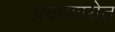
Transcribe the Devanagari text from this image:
प्रकाशयेत्